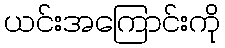
ယင်းအကြောင်းကို